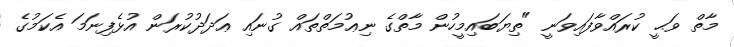
މާތް ވަޙީ ކުރައްވާފައިވަނީ "ތިޔަބައިމީހުން މާތްގެ ނިޢުމަތްތައް ގުނައި ޢަދަދުކުރަން އުޅެފިނަމަ އެކަމުގެ